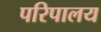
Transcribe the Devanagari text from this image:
परिपालय